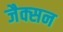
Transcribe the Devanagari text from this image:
जैक्‍सन